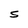
Character: S